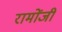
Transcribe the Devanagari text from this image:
रामोंजी